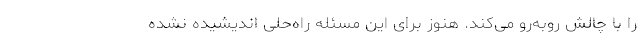
را با چالش روبه‌رو می‌کند. هنوز برای این مسئله راه‌حلی اندیشیده نشده